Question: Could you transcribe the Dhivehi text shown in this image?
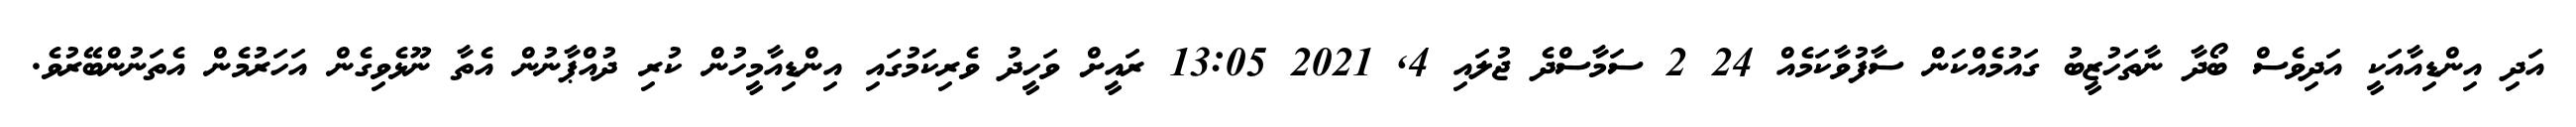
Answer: އަދި އިންޑިއާއަކީ އަދިވެސް ބޯދާ ނާތަހުޒީބު ގައުމެއްކަން ސާފުވާކަމެއް 24 2 ސަމާސްދެ ޖުލައި 4, 2021 13:05 ރައީށް ވަހީދު ވެރިކަމުގައި އިންޑިއާމީހުން ކުރި ދުއްޕާނުން އެތާ ނޫޅެވިގެން އަހަރުމެން އެތަނުންބޭރުވެ.